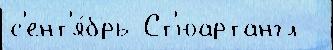
с'ент'я́брь Ст'юартангл